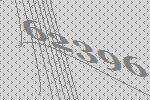
62396